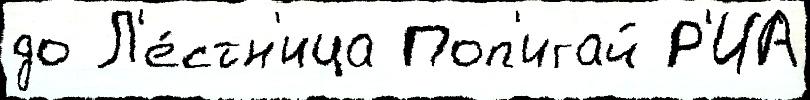
до Л'е́стн'ица Поп'игай Р'ИА